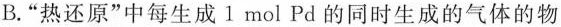
B.”热还原”中每生成1 mol Pd的同时生成的气体的物